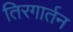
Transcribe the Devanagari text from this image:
तिरगार्तन